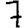
Digit: 7